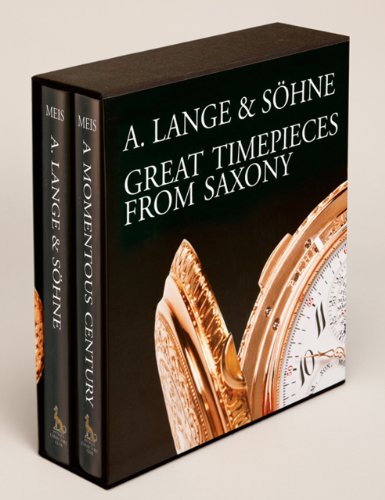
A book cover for A. Lange & Sohne - Great Timepieces from Saxony (Volumes I & 2); Reinhard Meis; Crafts, Hobbies & Home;